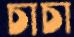
চাচা